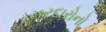
સરદારોનો